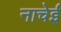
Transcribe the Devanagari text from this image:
नाचेई